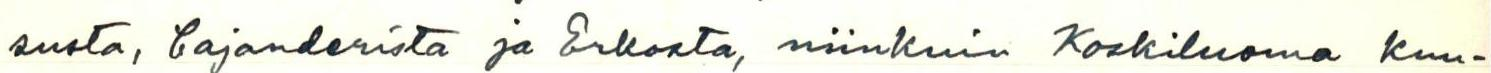
susta, Cajanderista ja Erkosta, niinkuin Koskiluomna kuu-